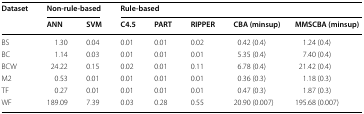
<table><thead><tr><td rowspan="2"><b>Dataset</b></td><td colspan="2"><b>Non-rule-based</b></td><td colspan="5"><b>Rule-based</b></td></tr><tr><td><b>ANN</b></td><td><b>SVM</b></td><td><b>C4.5</b></td><td><b>PART</b></td><td><b>RIPPER</b></td><td><b>CBA (minsup)</b></td><td><b>MMSCBA (minsup)</b></td></tr></thead><tbody><tr><td>BS</td><td>1.30</td><td>0.04</td><td>0.01</td><td>0.01</td><td>0.02</td><td>0.42 (0.4)</td><td>1.24 (0.4)</td></tr><tr><td>BC</td><td>1.14</td><td>0.03</td><td>0.01</td><td>0.01</td><td>0.01</td><td>5.35 (0.4)</td><td>7.40 (0.4)</td></tr><tr><td>BCW</td><td>24.22</td><td>0.15</td><td>0.02</td><td>0.01</td><td>0.11</td><td>6.78 (0.4)</td><td>21.42 (0.4)</td></tr><tr><td>M2</td><td>0.53</td><td>0.01</td><td>0.01</td><td>0.01</td><td>0.01</td><td>0.36 (0.3)</td><td>1.18 (0.3)</td></tr><tr><td>TF</td><td>0.27</td><td>0.01</td><td>0.01</td><td>0.01</td><td>0.01</td><td>0.47 (0.3)</td><td>1.87 (0.3)</td></tr><tr><td>WF</td><td>189.09</td><td>7.39</td><td>0.03</td><td>0.28</td><td>0.55</td><td>20.90 (0.007)</td><td>195.68 (0.007)</td></tr></tbody></table>